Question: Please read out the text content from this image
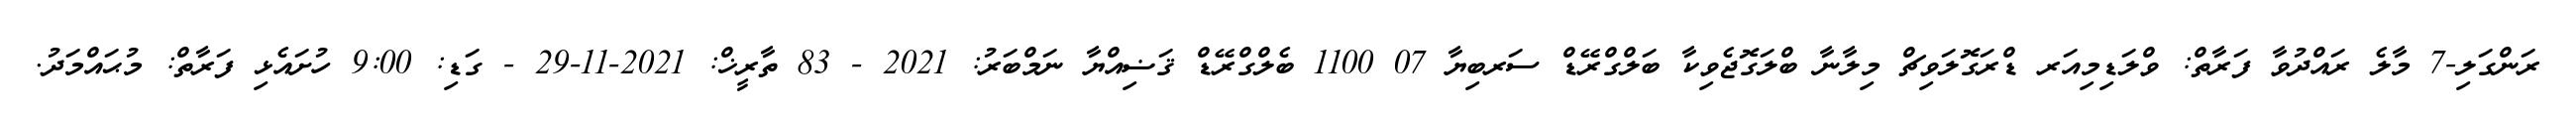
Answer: ރަންގަލި-7 މާލެ ރައްދުވާ ފަރާތް: ވްލަޑިމިއަރ ޑްރަގޮލަވިޗް މިލާނާ ބްލަގޮޖެވިކާ ބަލްގްރޭޑް ސަރބިޔާ 07 1100 ބެލްގްރޭޑް ޤަޟިއްޔާ ނަމްބަރު: 2021 - 83 ތާރީޚް: 2021-11-29 - ގަޑި: 9:00 ހުށައެޅި ފަރާތް: މުޙައްމަދު.